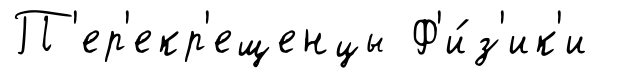
П'ер'екр'ещенцы Ф'и́з'ик'и